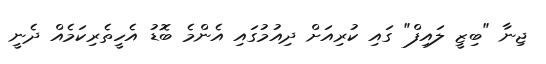
ޖިނާ "ބިޒީ ލައިފް" ގައި ކުރިއަށް ދިއުމުގައި އެންމެ ބޮޑު އެހީތެރިކަމެއް ދެނީ